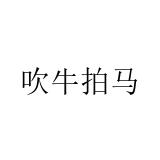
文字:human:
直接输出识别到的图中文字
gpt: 吹牛拍马